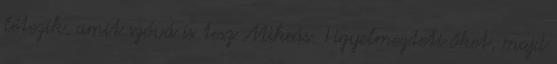
létezik, amit szóvá is tesz Mikeás. Figyelmezteti őket, majd